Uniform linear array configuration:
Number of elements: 8
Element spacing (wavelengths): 0.25
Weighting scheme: blackman
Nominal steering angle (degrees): -60
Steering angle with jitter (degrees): -58.246
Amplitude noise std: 0.05
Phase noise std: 0.05

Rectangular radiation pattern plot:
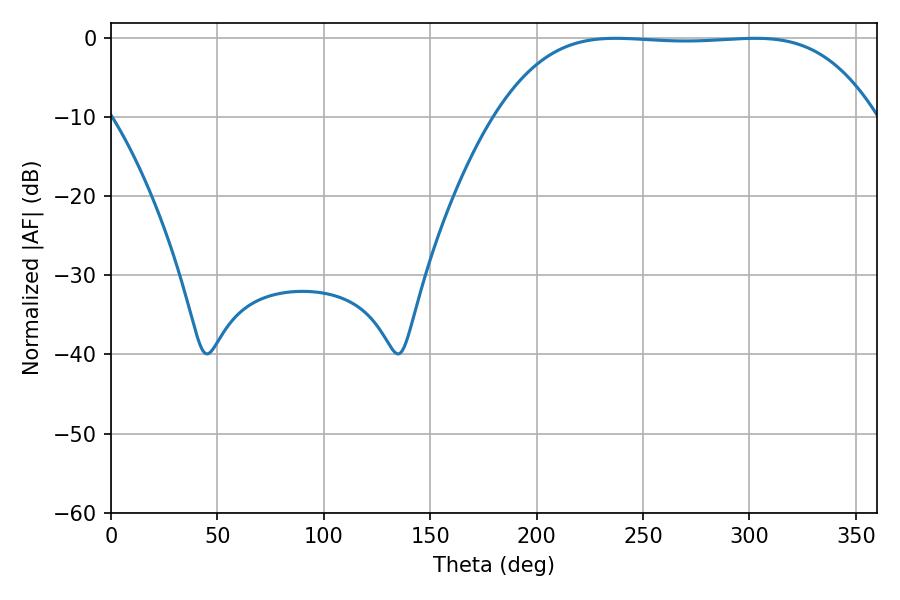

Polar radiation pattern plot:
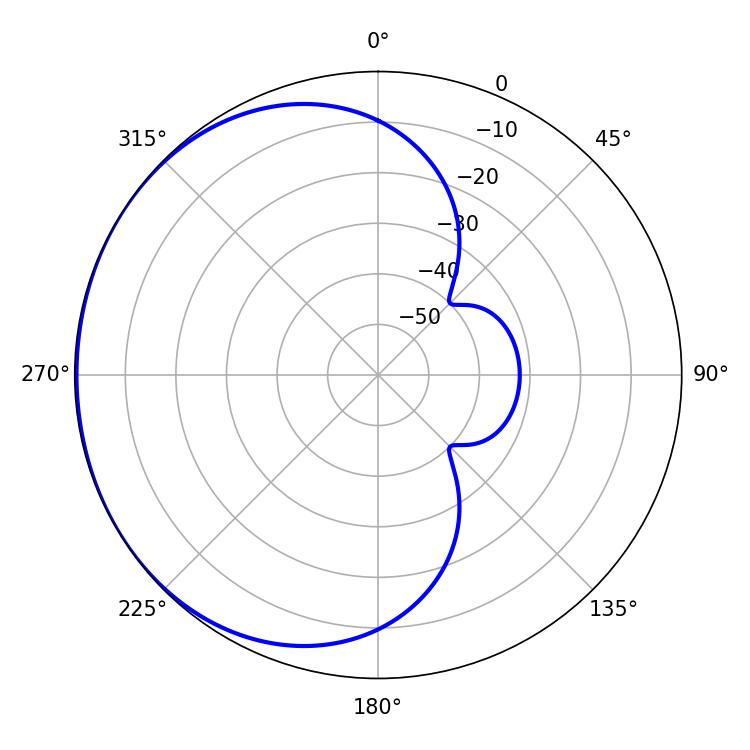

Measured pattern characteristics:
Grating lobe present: FALSE
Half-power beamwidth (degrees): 137.16
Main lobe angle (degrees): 237.24